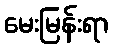
မေးမြန်းရာ